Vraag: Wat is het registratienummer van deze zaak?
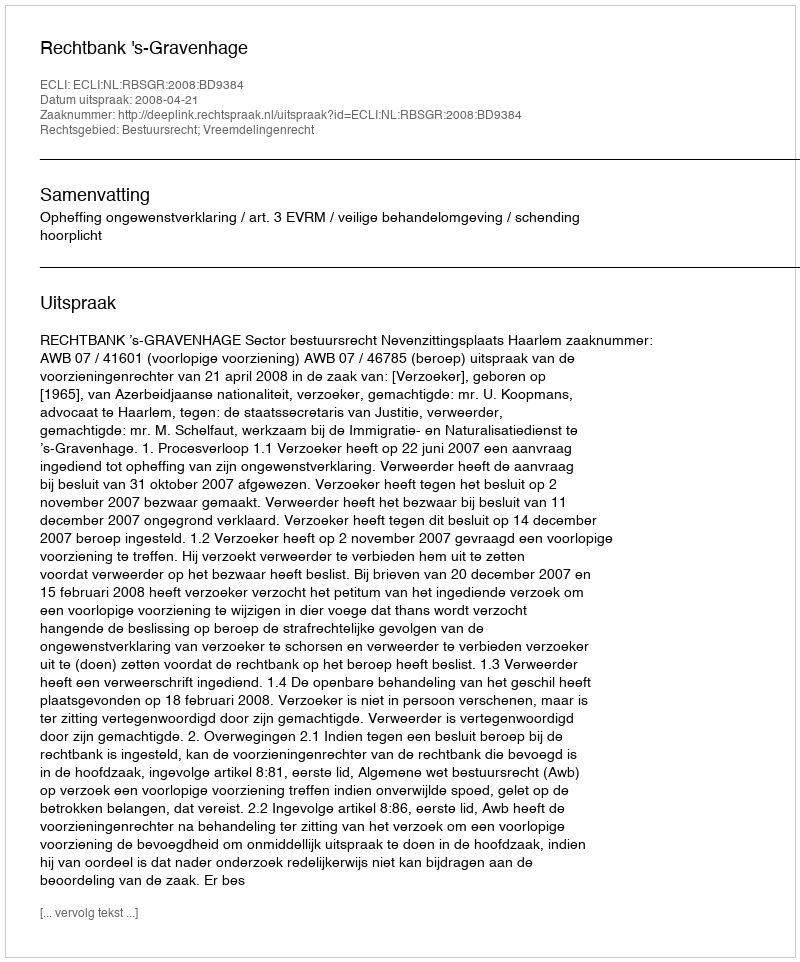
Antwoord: http://deeplink.rechtspraak.nl/uitspraak?id=ECLI:NL:RBSGR:2008:BD9384